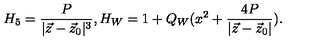
H _ { 5 } = { \frac { P } { | \vec { z } - \vec { z } _ { 0 } | ^ { 3 } } } , H _ { W } = 1 + Q _ { W } ( x ^ { 2 } + { \frac { 4 P } { | \vec { z } - \vec { z } _ { 0 } | } } ) .